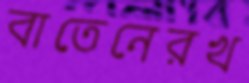
বাতেনেরখ